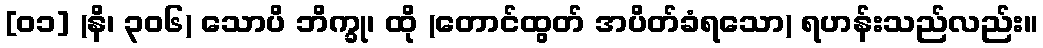
[၀၁] (နိ၊ ၃၀၆) သောပိ ဘိက္ခု၊ ထို (တောင်ထွတ် အပိတ်ခံရသော) ရဟန်းသည်လည်း။